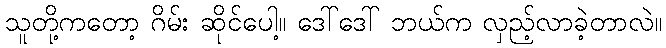
သူတို့ကတော့ ဂိမ်း ဆိုင်ပေါ့။ ဒေါ်ဒေါ် ဘယ်က လှည့်လာခဲ့တာလဲ။